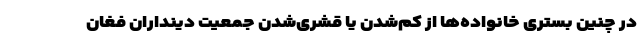
در چنین بستری خانواده‌ها از کم‌شدن یا قشری‌شدن جمعیت دینداران فغان